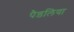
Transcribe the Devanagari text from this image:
पैडलिया